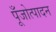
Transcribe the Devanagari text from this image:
पूँजोत्पादन